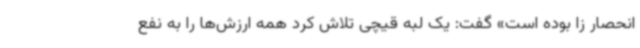
انحصار زا بوده است» گفت: یک لبه قیچی تلاش کرد همه ارزش‌ها را به نفع